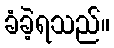
ခံခဲ့ရသည်။